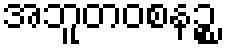
အဘူတဝစနဉ္စ